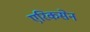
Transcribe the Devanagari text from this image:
एरिकसेन